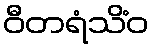
ဝီတရံသိံဝ